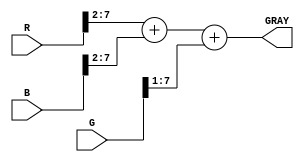
module RGB2GRAY(R,G,B,GRAY); 

input [7:0] R,G,B;

output [7:0] GRAY; 
 
assign GRAY = (R>>2) + (B>>2) + (G>>1);

endmodule